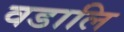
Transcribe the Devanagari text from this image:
वडालि